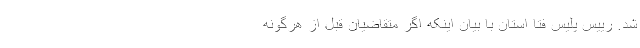
شد. رییس پلیس فتا استان با بیان اینکه اگر متقاضیان قبل از هرگونه